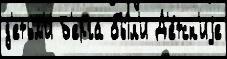
д'етьм'и́ Б'ерга бы́л'и Д'е́тск'иjе